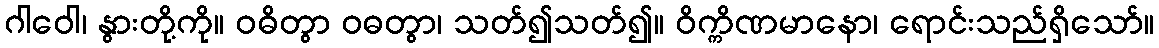
ဂါဝေါ၊ နွားတို့ကို။ ဝဓိတွာ ဝဓတွာ၊ သတ်၍သတ်၍။ ဝိက္ကိဏမာနော၊ ရောင်းသည်ရှိသော်။